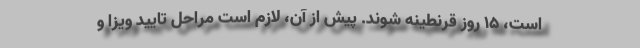
است، ۱۵ روز قرنطینه شوند. پیش از آن، لازم است مراحل تایید ویزا و